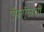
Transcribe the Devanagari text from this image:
ऍफ़ऍलसी